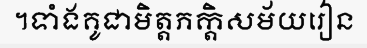
។ទាំងគូជាមិត្តភក្តិសម័យរៀន